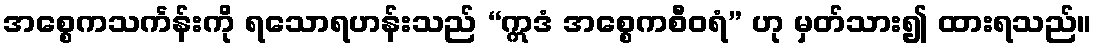
အစ္စေကသင်္ကန်းကို ရသောရဟန်းသည် “ဣဒံ အစ္စေကစီဝရံ” ဟု မှတ်သား၍ ထားရသည်။